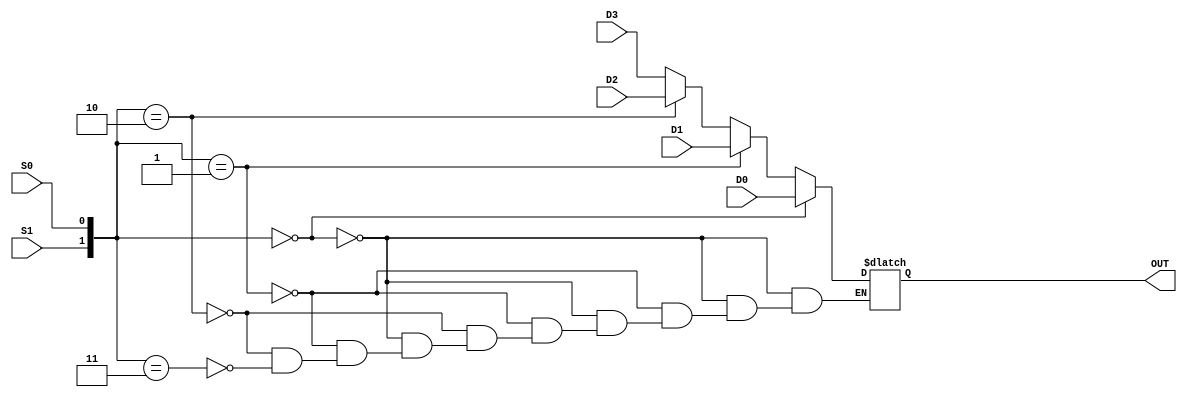
module MUX4to1(D3,D2,D1,D0,OUT, S1, S0);
input [3:0] D3, D2, D1, D0;
input S1, S0;
output [3:0] OUT;
reg [3:0] OUT;

always @(D3 or D2 or D1 or D0 or S1 or S0) begin
	if( {S1,S0} == 2'b00)
		OUT = D0;
	else if( {S1,S0} == 2'b01)
		OUT = D1;
	else if( {S1,S0} == 2'b10)
		OUT = D2;
	else if( {S1,S0} == 2'b11)
		OUT = D3;
end 
endmodule